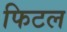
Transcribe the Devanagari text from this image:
फिटल